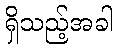
ရှိသည့်အခါ